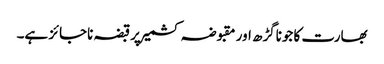
بھارت کا جوناگڑھ اور مقبوضہ کشمیر پرقبضہ ناجائز ہے۔